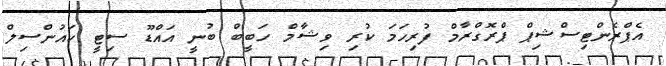
އެޕްރެންޓިސްޝިޕް ޕްރޮގްރާމް ފުރިހަމަ ކުރި ވިޝާމް ހަބީބް ބުނީ އައްޑޫ ސިޓީ ކައުންސިލް